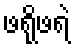
ဖရိုဖရဲ